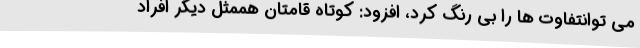
می توانتفاوت ها را بی رنگ کرد، افزود: کوتاه قامتان هممثل دیگر افراد